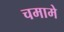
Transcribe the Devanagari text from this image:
चमामे